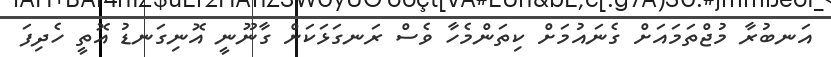
އަނބުރާ މުޖްތަމައަށް ގެނައުމަށް ކިތަންމެހާ ވެސް ރަނގަޅަކަށް ގާނޫނީ އޮނިގަނޑު އޮތީ ހެދިފަ